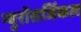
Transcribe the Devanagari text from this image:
न्युरोसर्जिकल